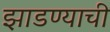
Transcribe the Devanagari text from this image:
झाडण्याची